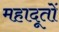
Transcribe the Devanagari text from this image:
महादूतों